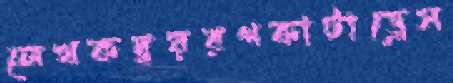
লেখকদ্বয়রগকাটাড্রেস